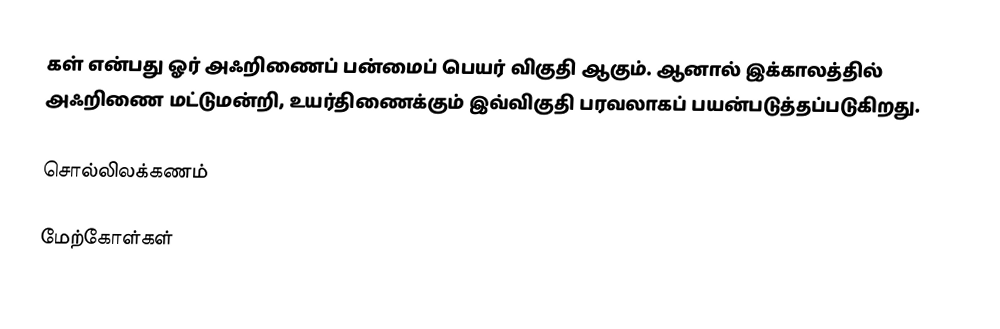
கள் என்பது ஓர் அஃறிணைப் பன்மைப் பெயர் விகுதி ஆகும். ஆனால் இக்காலத்தில் அஃறிணை மட்டுமன்றி, உயர்திணைக்கும் இவ்விகுதி பரவலாகப் பயன்படுத்தப்படுகிறது.

சொல்லிலக்கணம்

மேற்கோள்கள்